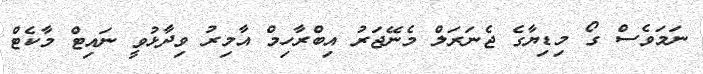
ނަމަވެސް ގޯ މިޑިޔާގެ ޖެނަރަލް މެނޭޖަރު އިބްރާހިމް އާމިރު ވިދާޅުވީ ނައިޓް މާކެޓް